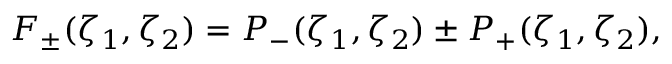
F _ { \pm } ( \zeta _ { 1 } , \zeta _ { 2 } ) = P _ { - } ( \zeta _ { 1 } , \zeta _ { 2 } ) \pm P _ { + } ( \zeta _ { 1 } , \zeta _ { 2 } ) ,